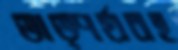
তাত্পর্যবহ